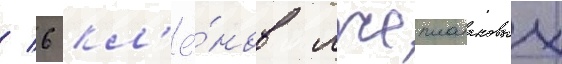
/ 6 кл'ё́нов лжеплатановых